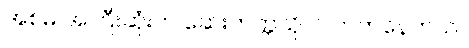
အစ်မ အကြီးဆုံးက ဆေးတက္ကသိုလ် တက်နေတယ်။